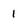
Character: l